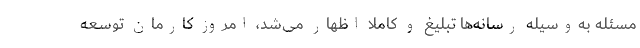
مسئله به‌وسیله رسانه‌ها تبلیغ و کاملاً اظهار می‌شد، امروز کارمان توسعه